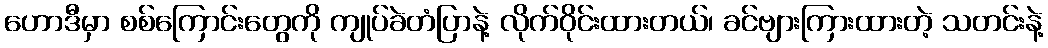
ဟောဒီမှာ စစ်ကြောင်းတွေကို ကျုပ်ခဲတံပြာနဲ့ လိုက်ဝိုင်းထားတယ်၊ ခင်ဗျားကြားထားတဲ့ သတင်းနဲ့